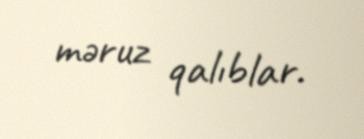
məruz qalıblar.